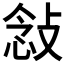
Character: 𫾿